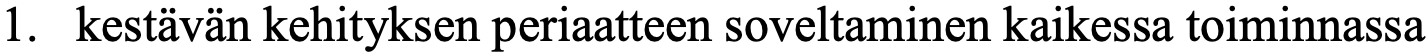
1. kestävän kehityksen periaatteen soveltaminen kaikessa toiminnassa